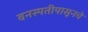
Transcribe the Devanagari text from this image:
वनस्पतीपासूनचे